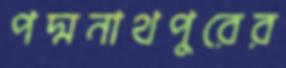
পদ্মনাথপুরের